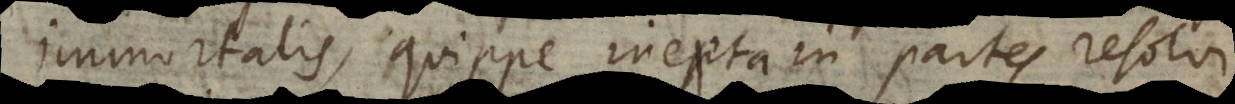
immortalis, quippe inepta in partes resolvi.